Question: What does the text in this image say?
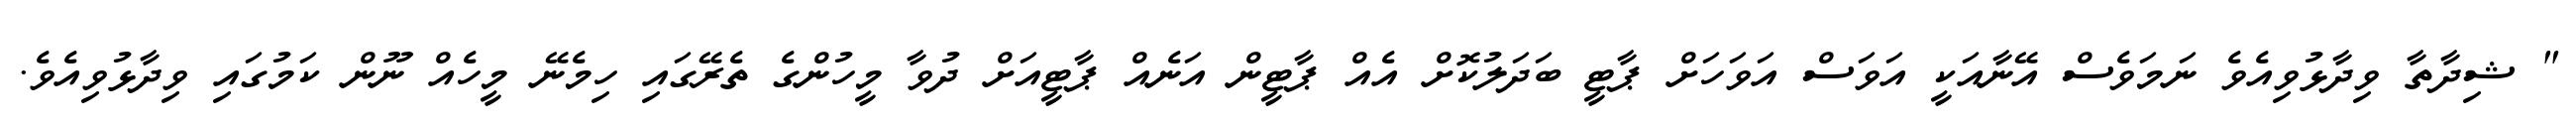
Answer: " ޝިދާތާ ވިދާޅުވިއެވެ ނަމަވެސް އޭނާއަކީ އަވަސް އަވަހަށް ޕާޓީ ބަދަލުކޮށް އެއް ޕާޓީން އަނެއް ޕާޓީއަށް ދުވާ މީހުންގެ ތެރޭގައި ހިމެނޭ މީހެއް ނޫން ކަމުގައި ވިދާޅުވިއެވެ.